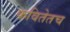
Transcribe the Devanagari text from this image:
कवितेतच